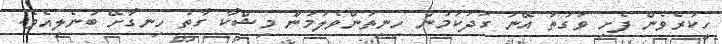
ހީކުރެވެން ފެށި ވަގުތު އޭނަ ގަދަކަމުން ހިނިތުންވެލަމުން މިޝްކާ ގާތު ހިނގާށޭ ބުނެލިއެވެ.